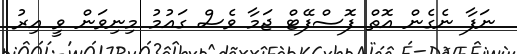
ނަފާ ނެގެން އޮތް ފޮސްފޭޓް ޖަމާ ވެސް ގައުމު މިނިވަން ވީ އިރު